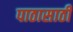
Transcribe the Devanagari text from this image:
पाठासाठी